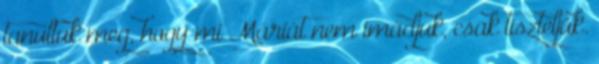
tanultuk meg, hogy mi Máriát nem imádjuk, csak tiszteljük.